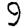
Digit: 9